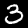
Label: 3